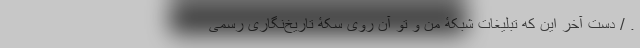
. / دست آخر این که تبلیغات شبکۀ من و تو آن روی سکۀ تاریخ‌نگاری رسمی